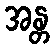
အန္တ